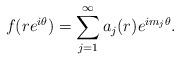
LaTeX: \begin{align*}f(re^{i\theta}) = \sum_{j=1}^\infty a_j(r) e^{im_j \theta}.\end{align*}